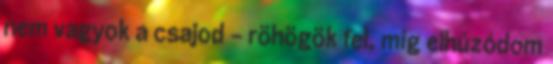
nem vagyok a csajod - röhögök fel, míg elhúzódom